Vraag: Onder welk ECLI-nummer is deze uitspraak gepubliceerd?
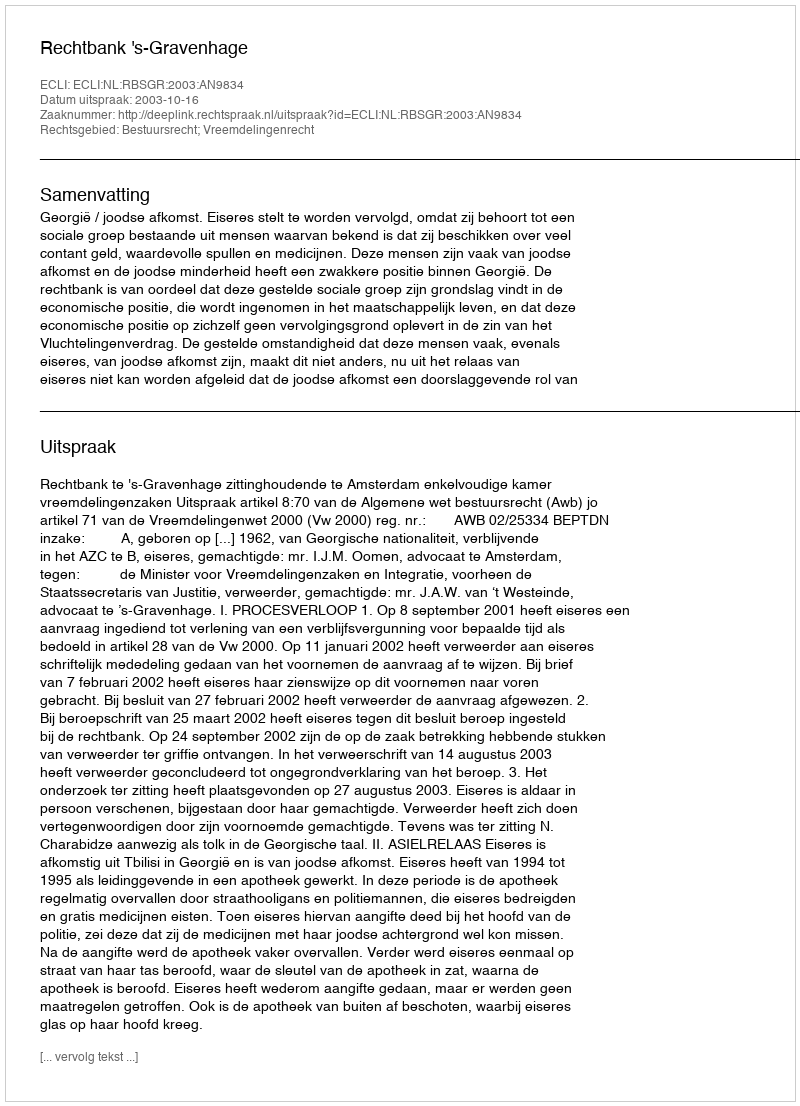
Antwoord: ECLI:NL:RBSGR:2003:AN9834